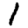
Digit: 1